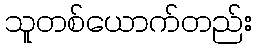
သူတစ်ယောက်တည်း